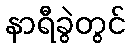
နာရီခွဲတွင်